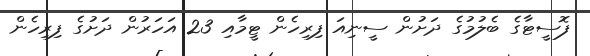
ފޮސީޓާގެ ބެލުމުގެ ދަށުން ސީނިއަ ފިރިހެން ޓީމާއި 23 އަހަރުން ދަށުގެ ފިރިހެން